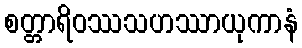
စတ္တာရိဝဿသဟဿာယုကာနံ